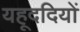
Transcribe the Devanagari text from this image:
यहूददियों